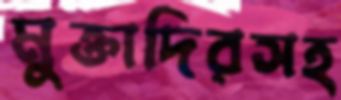
মুক্তাদিরসহ